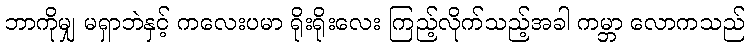
ဘာကိုမျှ မရှာဘဲနှင့် ကလေးပမာ ရိုးရိုးလေး ကြည့်လိုက်သည့်အခါ ကမ္ဘာ လောကသည်